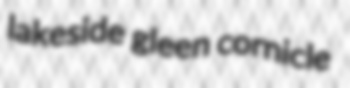
lakeside gleen cornicle